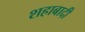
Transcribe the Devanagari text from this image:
शहाबादी